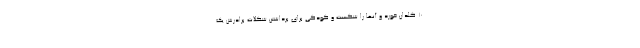
10 گلدان خورد و آنها را شکست و کودکی برای برداشتن شکلات برادرش یک